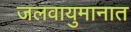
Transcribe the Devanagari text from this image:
जलवायुमानात